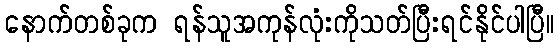
နောက်တစ်ခုက ရန်သူအကုန်လုံးကိုသတ်ပြီးရင်နိုင်ပါပြီ။